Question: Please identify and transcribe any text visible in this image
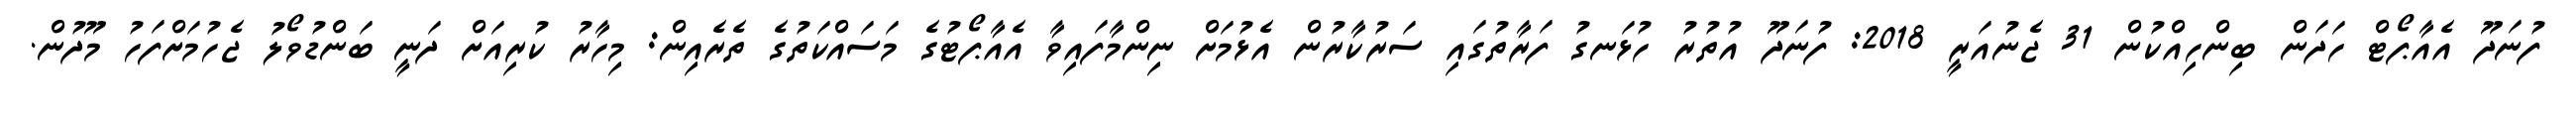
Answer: ފުނަދޫ އެއާޕޯޓް ހަދަން ބިންހިއްކުން 31 ޖެނުއަރީ 2018: ފުނަދޫ އުތުރު ހުޅަނގު ފަރާތުގައި ސަރުކާރުން އެޅުމަށް ނިންމާފައިވާ އެއާޕޯޓުގެ މަސައްކަތުގެ ތެރެއިން: މިހާރު ކުރިއަށް ދަނީ ބަންޑުވޯލު ޖެހުމަށްފަހު މޫދުން.